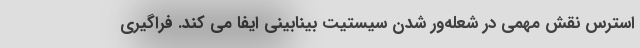
استرس نقش مهمی در شعله‌ور شدن سیستیت بینابینی ایفا می کند. فراگیری